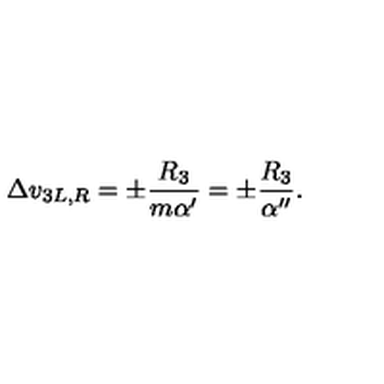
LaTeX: \Delta v _ { 3 L , R } = \pm \frac { R _ { 3 } } { m \alpha ^ { \prime } } = \pm \frac { R _ { 3 } } { \alpha ^ { \prime \prime } } .